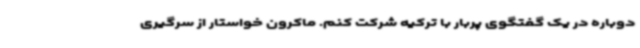
دوباره در یک گفتگوی پربار با ترکیه شرکت کنم. ماکرون خواستار از سرگیری